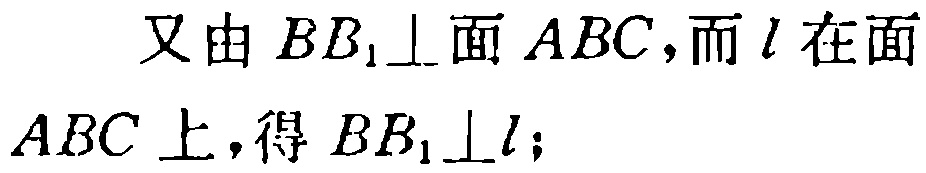
又由 \(BB_1\perp\)面 \(ABC\)，而 \(l\)在面 \(ABC\)上，得 \(BB_1\perp l\)；